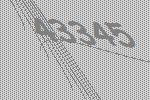
43345